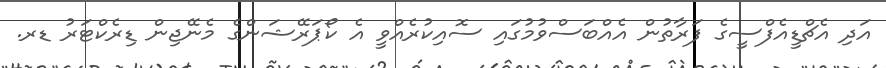
އަދި އެޗްޑީއެފްސީގެ ފަރާތުން އެއްބަސްވުމުގައި ސޮއިކުރެއްވީ އެ ކޯޕަރޭޝަންގެ މެނޭޖިން ޑިރެކްޓަރު ޑރ.